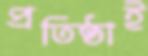
প্রতিষ্ঠাই